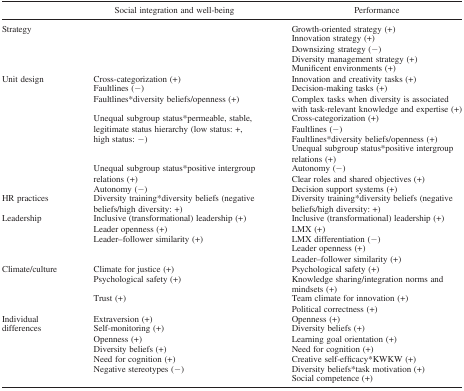
|  | Social integration and well‐being | Performance |
 | --- | --- | --- |
 | <ROWSPAN=5> Strategy | <ROWSPAN=5>  | Growth‐oriented strategy (+) |
 | Innovation strategy (+) |
 | Downsizing strategy (−) |
 | Diversity management strategy (+) |
 | Munificent environments (+) |
 | <ROWSPAN=10> Unit design | Cross‐categorization (+) | Innovation and creativity tasks (+) |
 | Faultlines (−) | Decision‐making tasks (+) |
 | Faultlines*diversity beliefs/openness (+) | Complex tasks when diversity is associated with task‐relevant knowledge and expertise (+) |
 | <ROWSPAN=4> Unequal subgroup status*permeable, stable, legitimate status hierarchy (low status: +, high status: −) | Cross‐categorization (+) |
 | Faultlines (−) |
 | Faultlines*diversity beliefs/openness (+) |
 | Unequal subgroup status*positive intergroup relations (+) |
 | <ROWSPAN=2> Unequal subgroup status*positive intergroup relations (+) | Autonomy (−) |
 | Clear roles and shared objectives (+) |
 | Autonomy (−) | Decision support systems (+) |
 | HR practices | Diversity training*diversity beliefs (negative beliefs/high diversity: +) | Diversity training*diversity beliefs (negative beliefs/high diversity: +) |
 | <ROWSPAN=5> Leadership | Inclusive (transformational) leadership (+) | Inclusive (transformational) leadership (+) |
 | Leader openness (+) | LMX (+) |
 | <ROWSPAN=3> Leader–follower similarity (+) | LMX differentiation (−) |
 | Leader openness (+) |
 | Leader–follower similarity (+) |
 | <ROWSPAN=4> Climate/culture | Climate for justice (+) | Psychological safety (+) |
 | Psychological safety (+) | Knowledge sharing/integration norms and mindsets (+) |
 | <ROWSPAN=2> Trust (+) | Team climate for innovation (+) |
 | Political correctness (+) |
 | <ROWSPAN=7> Individual differences | Extraversion (+) | Openness (+) |
 | Self‐monitoring (+) | Diversity beliefs (+) |
 | Openness (+) | Learning goal orientation (+) |
 | Diversity beliefs (+) | Need for cognition (+) |
 | Need for cognition (+) | Creative self‐efficacy*KWKW (+) |
 | <ROWSPAN=2> Negative stereotypes (−) | Diversity beliefs*task motivation (+) |
 | Social competence (+) |